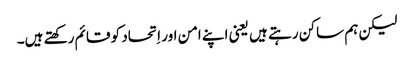
‏ لیکن ہم ساکن رہتے ہیں یعنی اپنے امن اور اِتحاد کو قائم رکھتے ہیں۔